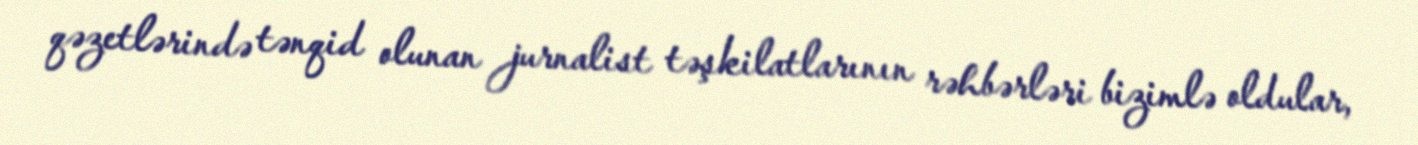
qəzetlərində tənqid olunan jurnalist təşkilatlarının rəhbərləri bizimlə oldular,